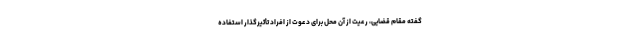
گفته مقام قضایی، رعیت از آن محل برای دعوت از افراد تأثیرگذار استفاده